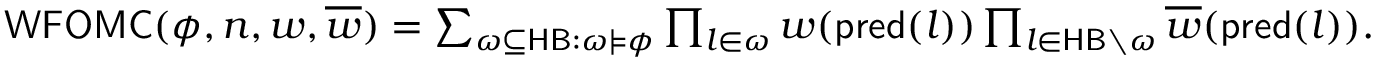
\begin{array} { r } { \ensuremath { \mathsf { W F O M C } } ( \phi , n , w , \overline { { w } } ) = \sum _ { \omega \subseteq \ensuremath { \mathsf { H B } } : \omega \models \phi } \prod _ { l \in \omega } w ( \mathsf { p r e d } ( l ) ) \prod _ { l \in \ensuremath { \mathsf { H B } } \setminus \omega } \overline { { w } } ( \mathsf { p r e d } ( l ) ) . } \end{array}